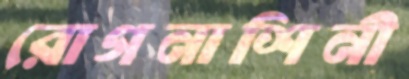
রোগনাশিনী